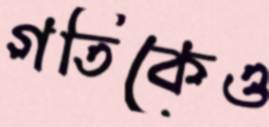
গতিকেও